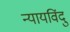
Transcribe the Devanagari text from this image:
न्यायविंदु